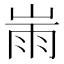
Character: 𡸹